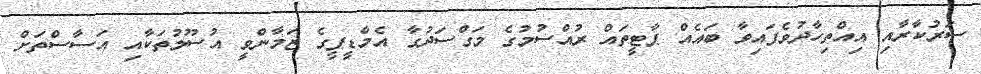
ސަރުކާރާއި އިއްތިހާދުވެފައިވާ ބައެއް ޕާޓީތައް ރުއްސުމުގެ މަގްސަދުގާ އެމްޑީޕީގެ ޒަމާންވީ އުސޫލުތަކާއި އަސާސްތަށް